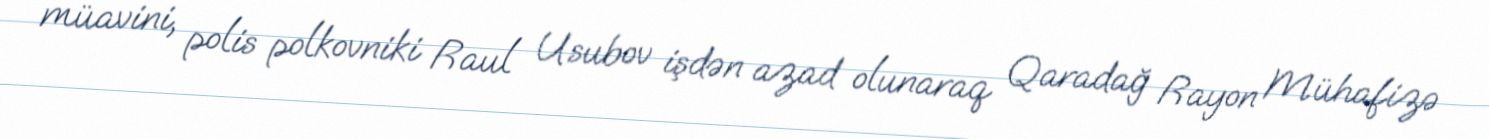
müavini, polis polkovniki Raul Usubov işdən azad olunaraq Qaradağ Rayon Mühafizə